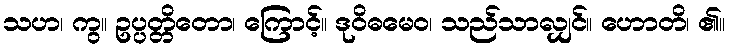
သဟ၊ ကွ။ ဥပ္ပတ္တိတော၊ ကြောင့်။ ဒုဝိဓမေဝ၊ သည်သာလျှင်။ ဟောတိ၊ ၏။